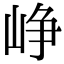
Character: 峥